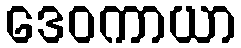
ဒေဝကာယာ